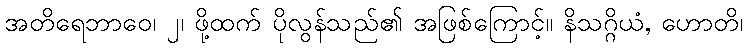
အတိရေဘာဝေ၊ ၂၊ ဖို့ထက် ပိုလွန်သည်၏ အဖြစ်ကြောင့်။ နိသဂ္ဂိယံ, ဟောတိ၊